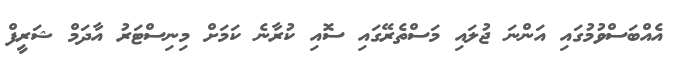
އެއްބަސްވުމުގައި އަންނަ ޖުލައި މަސްތެރޭގައި ސޮއި ކުރާނެ ކަމަށް މިނިސްޓަރު އާދަމް ޝަރީފް